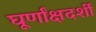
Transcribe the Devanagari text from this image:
घूर्णांक्षदर्शी